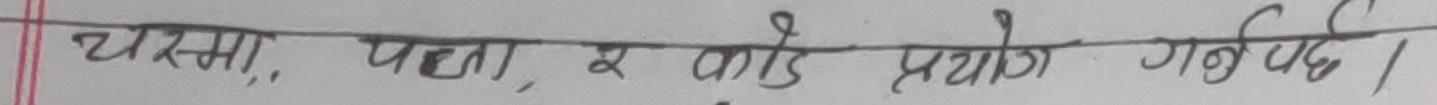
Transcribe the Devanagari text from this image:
चर्सा, पत्ता, र काँडे प्रयोग गर्नुपर्छ।